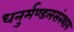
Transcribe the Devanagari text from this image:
धनुर्मण्डलसंस्थाय